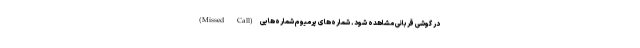
(Missed Call) در گوشی قربانی مشاهده شود. شماره‌های پرمیوم شماره‌هایی